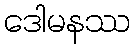
ဒေါမနဿ